Report of the Indian Hemp Drugs Commission, 1894-1895 - Volume VII
Year: 1894
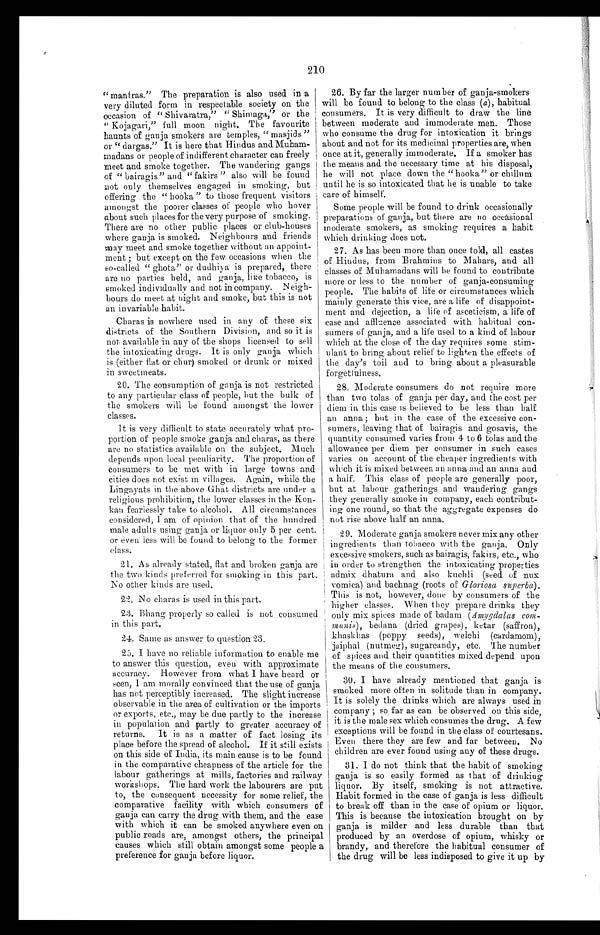
210
“mantras.” The preparation is also used in a
very diluted form in respectable society on the
occasion of “ Shivaratra,” “ Shimaga,” or the
“ Kojagari,” full moon night. The favourite
haunts of ganja smokers are temples, “ masjids”
or “ dargas.” It is here that Hindus and Muham-
madans or people of indifferent character can freely
meet and smoke together. The wandering gangs
of “bairagis” and “ fakirs ” also will be found
not only themselves engaged in smoking, but
offering the “ hooka ” to those frequent visitors
amongst the poorer classes of people who hover
about such places for the very purpose of smoking.
There are no other public places or club-houses
where ganja is smoked. Neighbours and friends
may meet and. smoke together without an appoint-
ment ; but except on the few occasions when the
so-called “ ghota” or dudhiya is prepared, there
are no parties held, and ganja, like tobacco, is
smoked individually and not in company. Neigh-
bours do meet at night and smoke, but this is not
an invariable habit.
Charas is nowhere used in any of these six
districts of the Southern Division, and so it is
not available in any of the shops licensed to sell
the intoxicating drugs. It is only ganja which
is (either flat or chur) smoked or drunk or mixed
in sweetmeats.
20. The consumption of ganja is not restricted
to any particular class of people, but the bulk of
the smokers will be found amongst the lower
classes.
It is very difficult to state accurately what pro-
portion of people smoke ganja and charas, as there
are no statistics available on the subject. Much
depends upon local peculiarity. The proportion of
consumers to be met with in large towns and
cities does not exist in villages. Again, while the
Lingayats in the above Ghat districts are under a
religious prohibition, the lower classes in the Kon-
kan fearlessly take to alcohol. All circumstances
c ons i de r e d, I a m of opi ni on t ha t of t he hundr e d
male adults using ganja or liquor only 5 per cent.
or even less will be found to belong to the former
class.
26. By far the larger number of ganja-smokers
will be found to belong to the class (a), habitual
consumers. It is very difficult to draw the line
between moderate and immoderate men. Those
who consume the drug for intoxication it brings
about and not for its medicinal properties are, when
once at it, generally immoderate. If a smoker has
the means and the necessary time at his disposal,
he will not place down the “hooka” or chillum
until he is so intoxicated that lie is unable to take
care of himself.
Some people will be found to drink occasionally
preparations of ganja, but there are no occásional
moderate smokers, as smoking requires a habit
which drinking does not.
27. As has been more than once told, all castes
of Hindus, from Brahmins to Mahars, and all
classes of Muhamadans will he found to contribute
more or less to the number of ganja-consuming
people. Time habits of life or circumstances which
mainly generate this vice, are a life of disappoint-
ment and dejection, a life of asceticism, a life of
ease and affluence associated with habitual con-
sumers of ganja, and a life used to a kind of labour
which at the close of the day requires some stim-
ulant to bring about relief to lighten the effects of
the day’s toil and to bring about a pleasurable
forgetfulness.
28. Moderate consumers do not require more
than two tolas of ganja per day, and the cost per
diem in this case is believed to be less than half
an anna; but in the case of the excessive con-
sumers, leaving that of bairagis and gosavis, the
quantity consumed varies from 4 to 6 tolas and the
allowance per diem per consumer in such cases
varies on account of the cheaper ingredients with
which it is mixed between an anna and an anna and
a half. This class of people are generally poor,
but at labour gatherings and wandering gangs
they generally smoke in company, each contribut-
ing one round, so that the aggregate expenses do
not rise above half an anna.
29. Moderate ganja smokers never mix any other
ingredients than tobacco with the ganja. Only
excessive smokers, such as bairagis, fakirs, etc., who
in order to strengthen the intoxicating properties
admix dhatura and also kuchli (seed of nux
vomica) and bachnag (roots of Gloriosa superba ).
This is not, however, done by consumers of the
higher classes. When they prepare drinks they
only mix spices made of badam ( Amygdalas com-
munis), bedana (dried grapes), ketar (saffron),
khaskhas (poppy seeds), welchi (cardamom),
jaiphal (nutmeg), sugarcandy, etc. The number
of spices and their quantities mixed depend upon
the means of the consumers.
30. I have already mentioned that ganja is
smoked more often in solitude than in company.
It is solely the drinks which are always used in
company ; so far as can be observed on this side,
it is the male sex which consumes the drug. A few
exceptions will be found in the class of courtesans.
Even there they are few and far between. No
children are ever found using any of these drugs.
31. I do not think that the habit of smoking
ganja is so easily formed as that of drinking
liquor. By itself, smoking is not attractive.
Habit formed in the case of ganja is less difficult
to break off than in the case of opium or liquor.
This is because the intoxication brought on by
ganja is milder and less durable than that
produced by an overdose of opium, whisky or
brandy, and therefore the habitual consumer of
the drug will be less indisposed to give it up by
21. As already stated, flat and broken ganja are
the two kinds preferred for smoking in this part.
No other kinds are used.
22. No charas is used in this part.
23. Bhang properly so called is not consumed
in this part.
24. Same as answer to question 23.
25. I have no reliable information to enable me
to answer this question, even with approximate
accuracy. However from what I have heard or
seen, I am morally convinced that the use of ganja
has not perceptibly increased. The slight increase
observable in the area of cultivation or the imports
or exports, etc., may be due partly to the increase
in population and partly to greater accuracy of
returns. It is as a matter of fact losing its
place before the spread of alcohol. If it still exists
on this side of India, its main cause is to be found
in the comparative cheapness of the article for the
labour gatherings at mills, factories and railway
workshops. The hard work the labourers are put
to, the consequent necessity for some relief, the
comparative facility with which consumers of
ganja can carry the drug with them, and the ease
with which it can be smoked anywhere even on
public roads are, amongst others, the principal
causes which still obtain amongst some people a
preference for ganja before liquor.